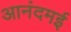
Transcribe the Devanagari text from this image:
आनंदमई